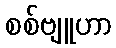
စစ်ဗျူဟာ